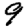
Digit: 9